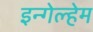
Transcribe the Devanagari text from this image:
इन्गेल्हेम